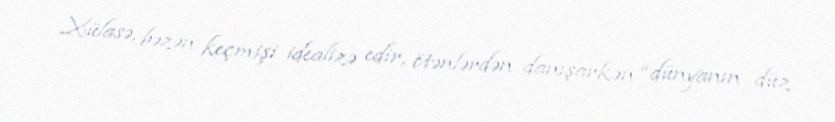
Xülasə, bəzən keçmişi idealizə edir, ötənlərdən danışarkən “dünyanın düz